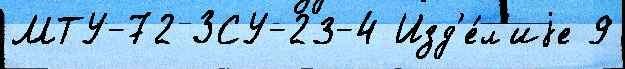
МТУ-72 ЗСУ-23-4 Изд'е́л'иjе 9